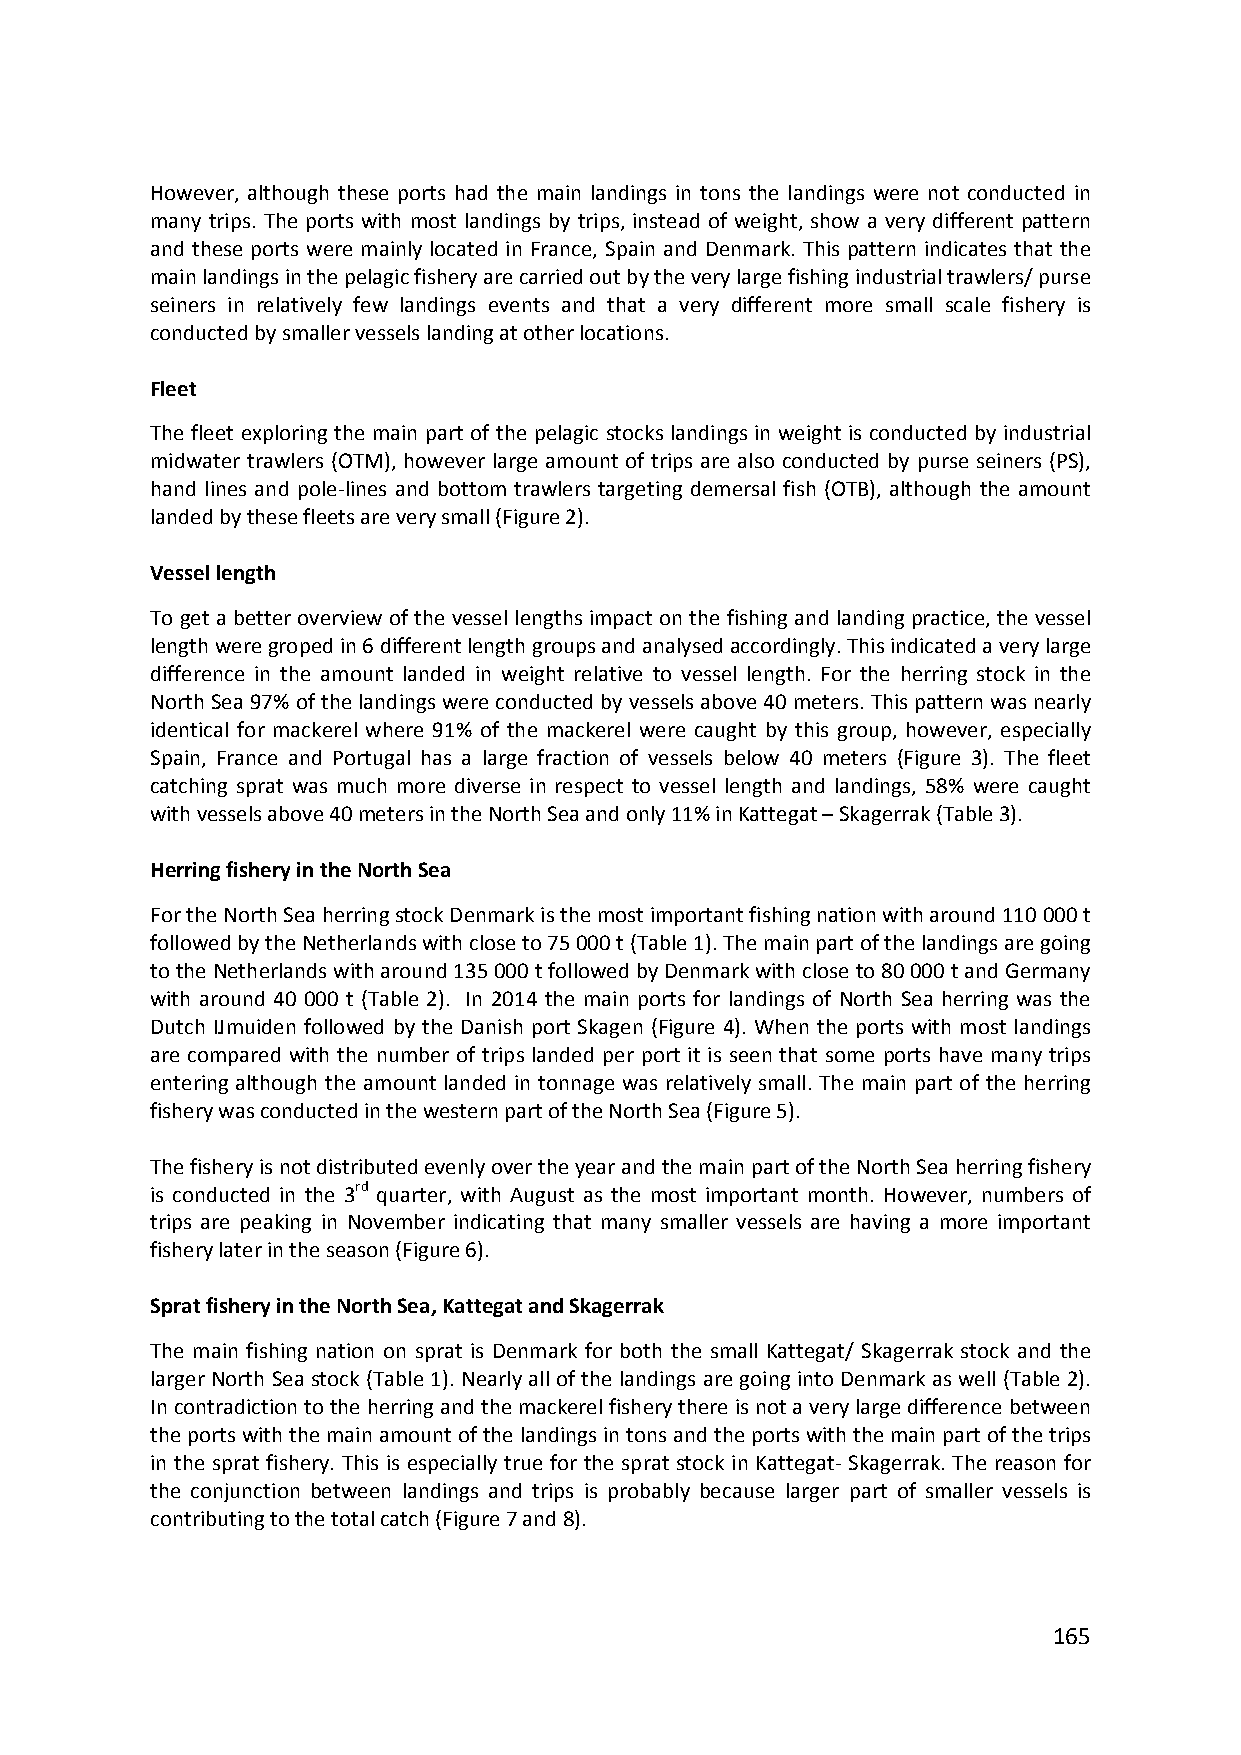
However, although these ports had the main landings in tons the landings were not conducted in
 many trips. The ports with most landings by trips, instead of weight, show a very different pattern
 and these ports were mainly located in France, Spain and Denmark. This pattern indicates that the
 main landings in the pelagic fishery are carried out by the very large fishing industrial trawlers/ purse
 seiners in relatively few landings events and that a very different more small scale fishery is
 conducted by smaller vessels landing at other locations.
 Fleet
 The fleet exploring the main part of the pelagic stocks landings in weight is conducted by industrial
 midwater trawlers (OTM), however large amount of trips are also conducted by purse seiners (PS),
 hand lines and pole‐lines and bottom trawlers targeting demersal fish (OTB), although the amount
 landed by these fleets are very small (Figure 2).
 Vessel length
 To get a better overview of the vessel lengths impact on the fishing and landing practice, the vessel
 length were groped in 6 different length groups and analysed accordingly. This indicated a very large
 difference in the amount landed in weight relative to vessel length. For the herring stock in the
 North Sea 97% of the landings were conducted by vessels above 40 meters. This pattern was nearly
 identical for mackerel where 91% of the mackerel were caught by this group, however, especially
 Spain, France and Portugal has a large fraction of vessels below 40 meters (Figure 3). The fleet
 catching sprat was much more diverse in respect to vessel length and landings, 58% were caught
 with vessels above 40 meters in the North Sea and only 11% in Kattegat – Skagerrak (Table 3).
 Herring fishery in the North Sea
 For the North Sea herring stock Denmark is the most important fishing nation with around 110 000 t
 followed by the Netherlands with close to 75 000 t (Table 1). The main part of the landings are going
 to the Netherlands with around 135 000 t followed by Denmark with close to 80 000 t and Germany
 with around 40 000 t (Table 2). In 2014 the main ports for landings of North Sea herring was the
 Dutch IJmuiden followed by the Danish port Skagen (Figure 4). When the ports with most landings
 are compared with the number of trips landed per port it is seen that some ports have many trips
 entering although the amount landed in tonnage was relatively small. The main part of the herring
 fishery was conducted in the western part of the North Sea (Figure 5).
 The fishery is not distributed evenly over the year and the main part of the North Sea herring fishery
 is conducted in the 3rd quarter, with August as the most important month. However, numbers of
 trips are peaking in November indicating that many smaller vessels are having a more important
 fishery later in the season (Figure 6).
 Sprat fishery in the North Sea, Kattegat and Skagerrak
 The main fishing nation on sprat is Denmark for both the small Kattegat/ Skagerrak stock and the
 larger North Sea stock (Table 1). Nearly all of the landings are going into Denmark as well (Table 2).
 In contradiction to the herring and the mackerel fishery there is not a very large difference between
 the ports with the main amount of the landings in tons and the ports with the main part of the trips
 in the sprat fishery. This is especially true for the sprat stock in Kattegat‐ Skagerrak. The reason for
 the conjunction between landings and trips is probably because larger part of smaller vessels is
 contributing to the total catch (Figure 7 and 8).
 165